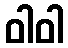
ဝါဝါ